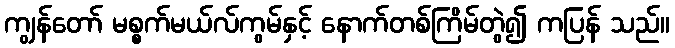
ကျွန်တော် မစ္စက်မယ်လ်ကွမ်နှင့် နောက်တစ်ကြိမ်တွဲ၍ ကပြန် သည်။